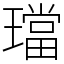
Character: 璫